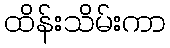
ထိန်းသိမ်းကာ